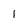
Character: 1